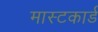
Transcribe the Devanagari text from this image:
मास्टकार्ड